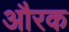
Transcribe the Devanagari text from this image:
औरक